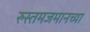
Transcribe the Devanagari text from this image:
रुस्तमजमानच्या